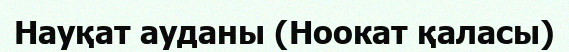
Науқат ауданы (Ноокат қаласы)